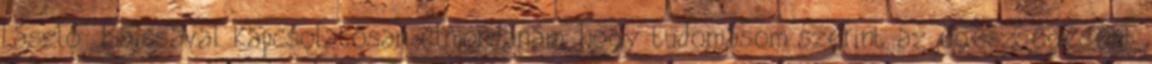
László: Bajcsával kapcsolatosan elmondanám, hogy tudomásom szerint az egészségesebb